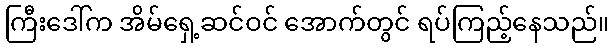
ကြီးဒေါ်က အိမ်ရှေ့ဆင်ဝင် အောက်တွင် ရပ်ကြည့်နေသည်။